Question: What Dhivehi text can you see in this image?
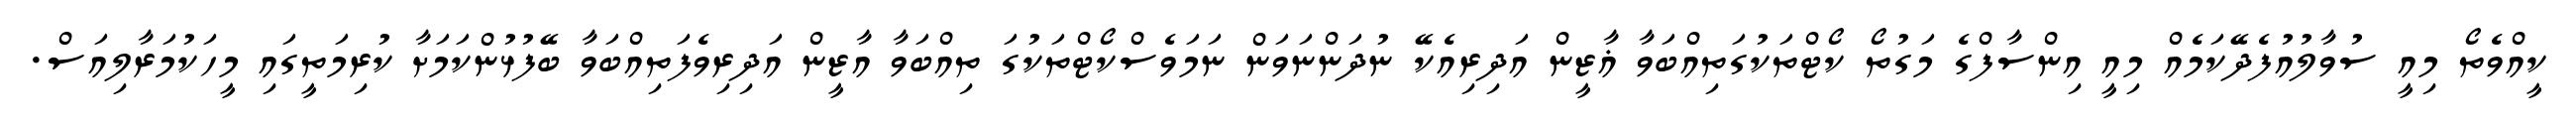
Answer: ކީއްވެތޯ މިއީ ސުވާލުއުފެދޭކަމެއް މިއީ އިންސާފްގެ މަގުތޯ ކޯޓްތަކުގަތިއްބަވާ ޣާޒީން އަދިރިއެކޭ ނުދަންނަވަން ނަމަވެސްކޯޓްތަކުގަ ތިއްބަވާ އާޒީން އަދިރިވެފަތިއްބަވާ ބޭފުޅުންކަމަށާ ކުރިމަތީގައި މީހަކުމަރާލިއަސް.